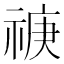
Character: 𥚏